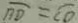
\overline { A D } = \overline { C D }